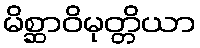
မိစ္ဆာဝိမုတ္တိယာ